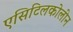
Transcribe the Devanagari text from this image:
एसिटिलकोलीन